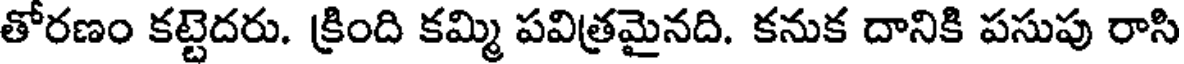
తోరణం కట్టెదరు. క్రింది కమ్మి పవిత్రమైనది. కనుక దానికి పసుపు రాసి